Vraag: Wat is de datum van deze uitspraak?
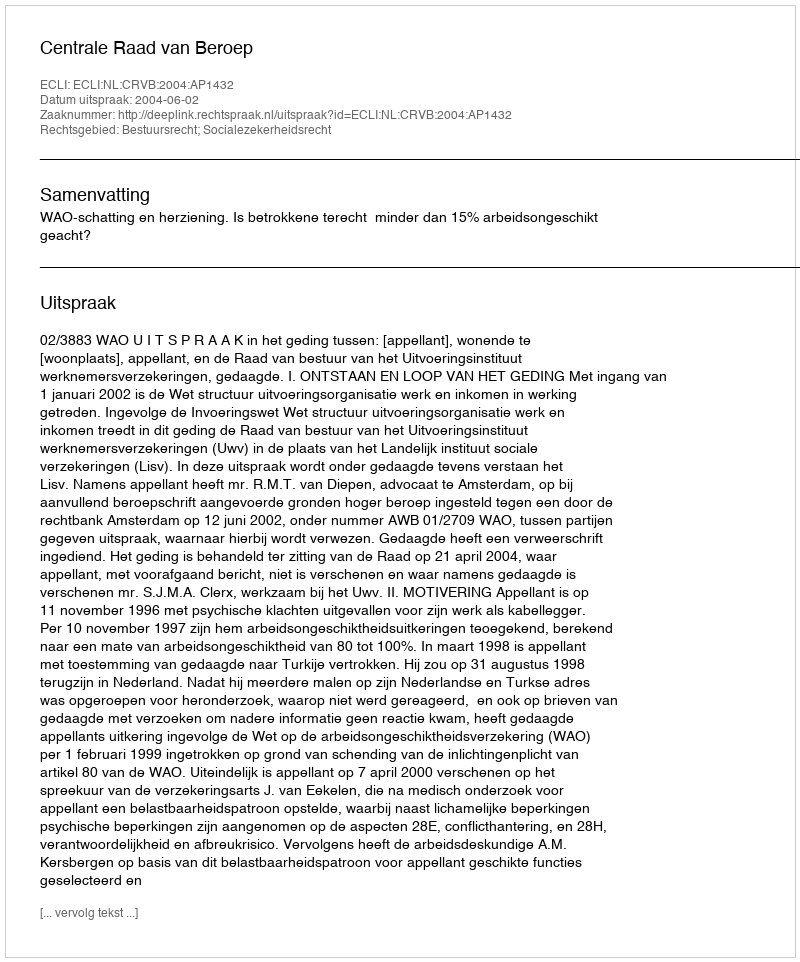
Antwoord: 2004-06-02